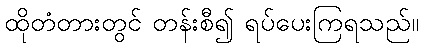
ထိုတံတားတွင် တန်းစီ၍ ရပ်ပေးကြရသည်။